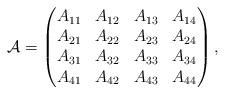
LaTeX: \begin{align*}\mathcal{A}=\begin{pmatrix}A_{11} & A_{12} & A_{13} & A_{14}\\A_{21} & A_{22} & A_{23} & A_{24}\\A_{31} & A_{32} & A_{33} & A_{34}\\A_{41} & A_{42} & A_{43} & A_{44}\end{pmatrix},\end{align*}